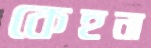
কেহনা